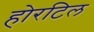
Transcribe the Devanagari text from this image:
होरटिल